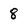
Character: 8